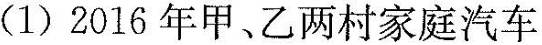
(1)2016年甲、乙两村家庭汽车